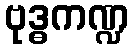
ဗုဒ္ဓကဏ္ဍ